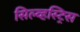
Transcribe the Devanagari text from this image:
सिल्व्हस्ट्रिस